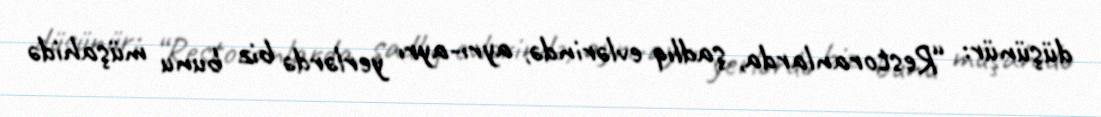
düşünür: “Restoranlarda, şadlıq evlərində, ayrı-ayrı yerlərdə biz bunu müşahidə